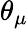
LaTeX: \theta_{\mu}